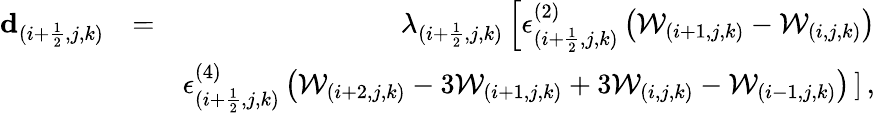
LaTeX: \begin{array}{rlr}{\mathbf{d}_{(i+\frac{1}{2},j,k)}}&{=}&{\lambda_{(i+\frac{1}{2},j,k)}\left[\epsilon_{(i+\frac{1}{2},j,k)}^{(2)}\left(\mathcal{W}_{(i+1,j,k)}-\mathcal{W}_{(i,j,k)}\right)\right.}\\ &{}&{\epsilon_{(i+\frac{1}{2},j,k)}^{(4)}\left(\mathcal{W}_{(i+2,j,k)}-3\mathcal{W}_{(i+1,j,k)}+3\mathcal{W}_{(i,j,k)}-\mathcal{W}_{(i-1,j,k)}\right)\left.\right]\, \mathrm{,}}\end{array}